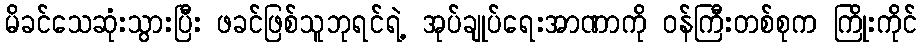
မိခင်သေဆုံးသွားပြီး ဖခင်ဖြစ်သူဘုရင်ရဲ့ အုပ်ချုပ်ရေးအာဏာကို ဝန်ကြီးတစ်စုက ကြိုးကိုင်